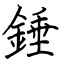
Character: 錘